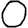
Digit: 0